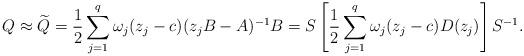
LaTeX: \begin{align*} Q \approx \widetilde{Q}= \frac{1}{2} \sum^{q}_{j=1}\omega_j(z_j-c)(z_j B- A)^{-1} B = S\left[\frac{1}{2} \sum^{q}_{j=1}\omega_j(z_j-c)D(z_j)\right]S^{-1}.\end{align*}